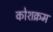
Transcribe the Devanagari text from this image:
कोशक्रम